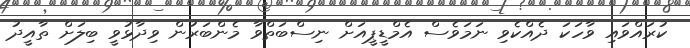
ކުރައްވައި ވާހަކަ ދެއްކެވި ނަމަވެސް އެމްޑީޕީއަށް ނިސްބަތްވާ މެންބަރުން ވިދާޅުވީ ބިލަށް ތާއީދު